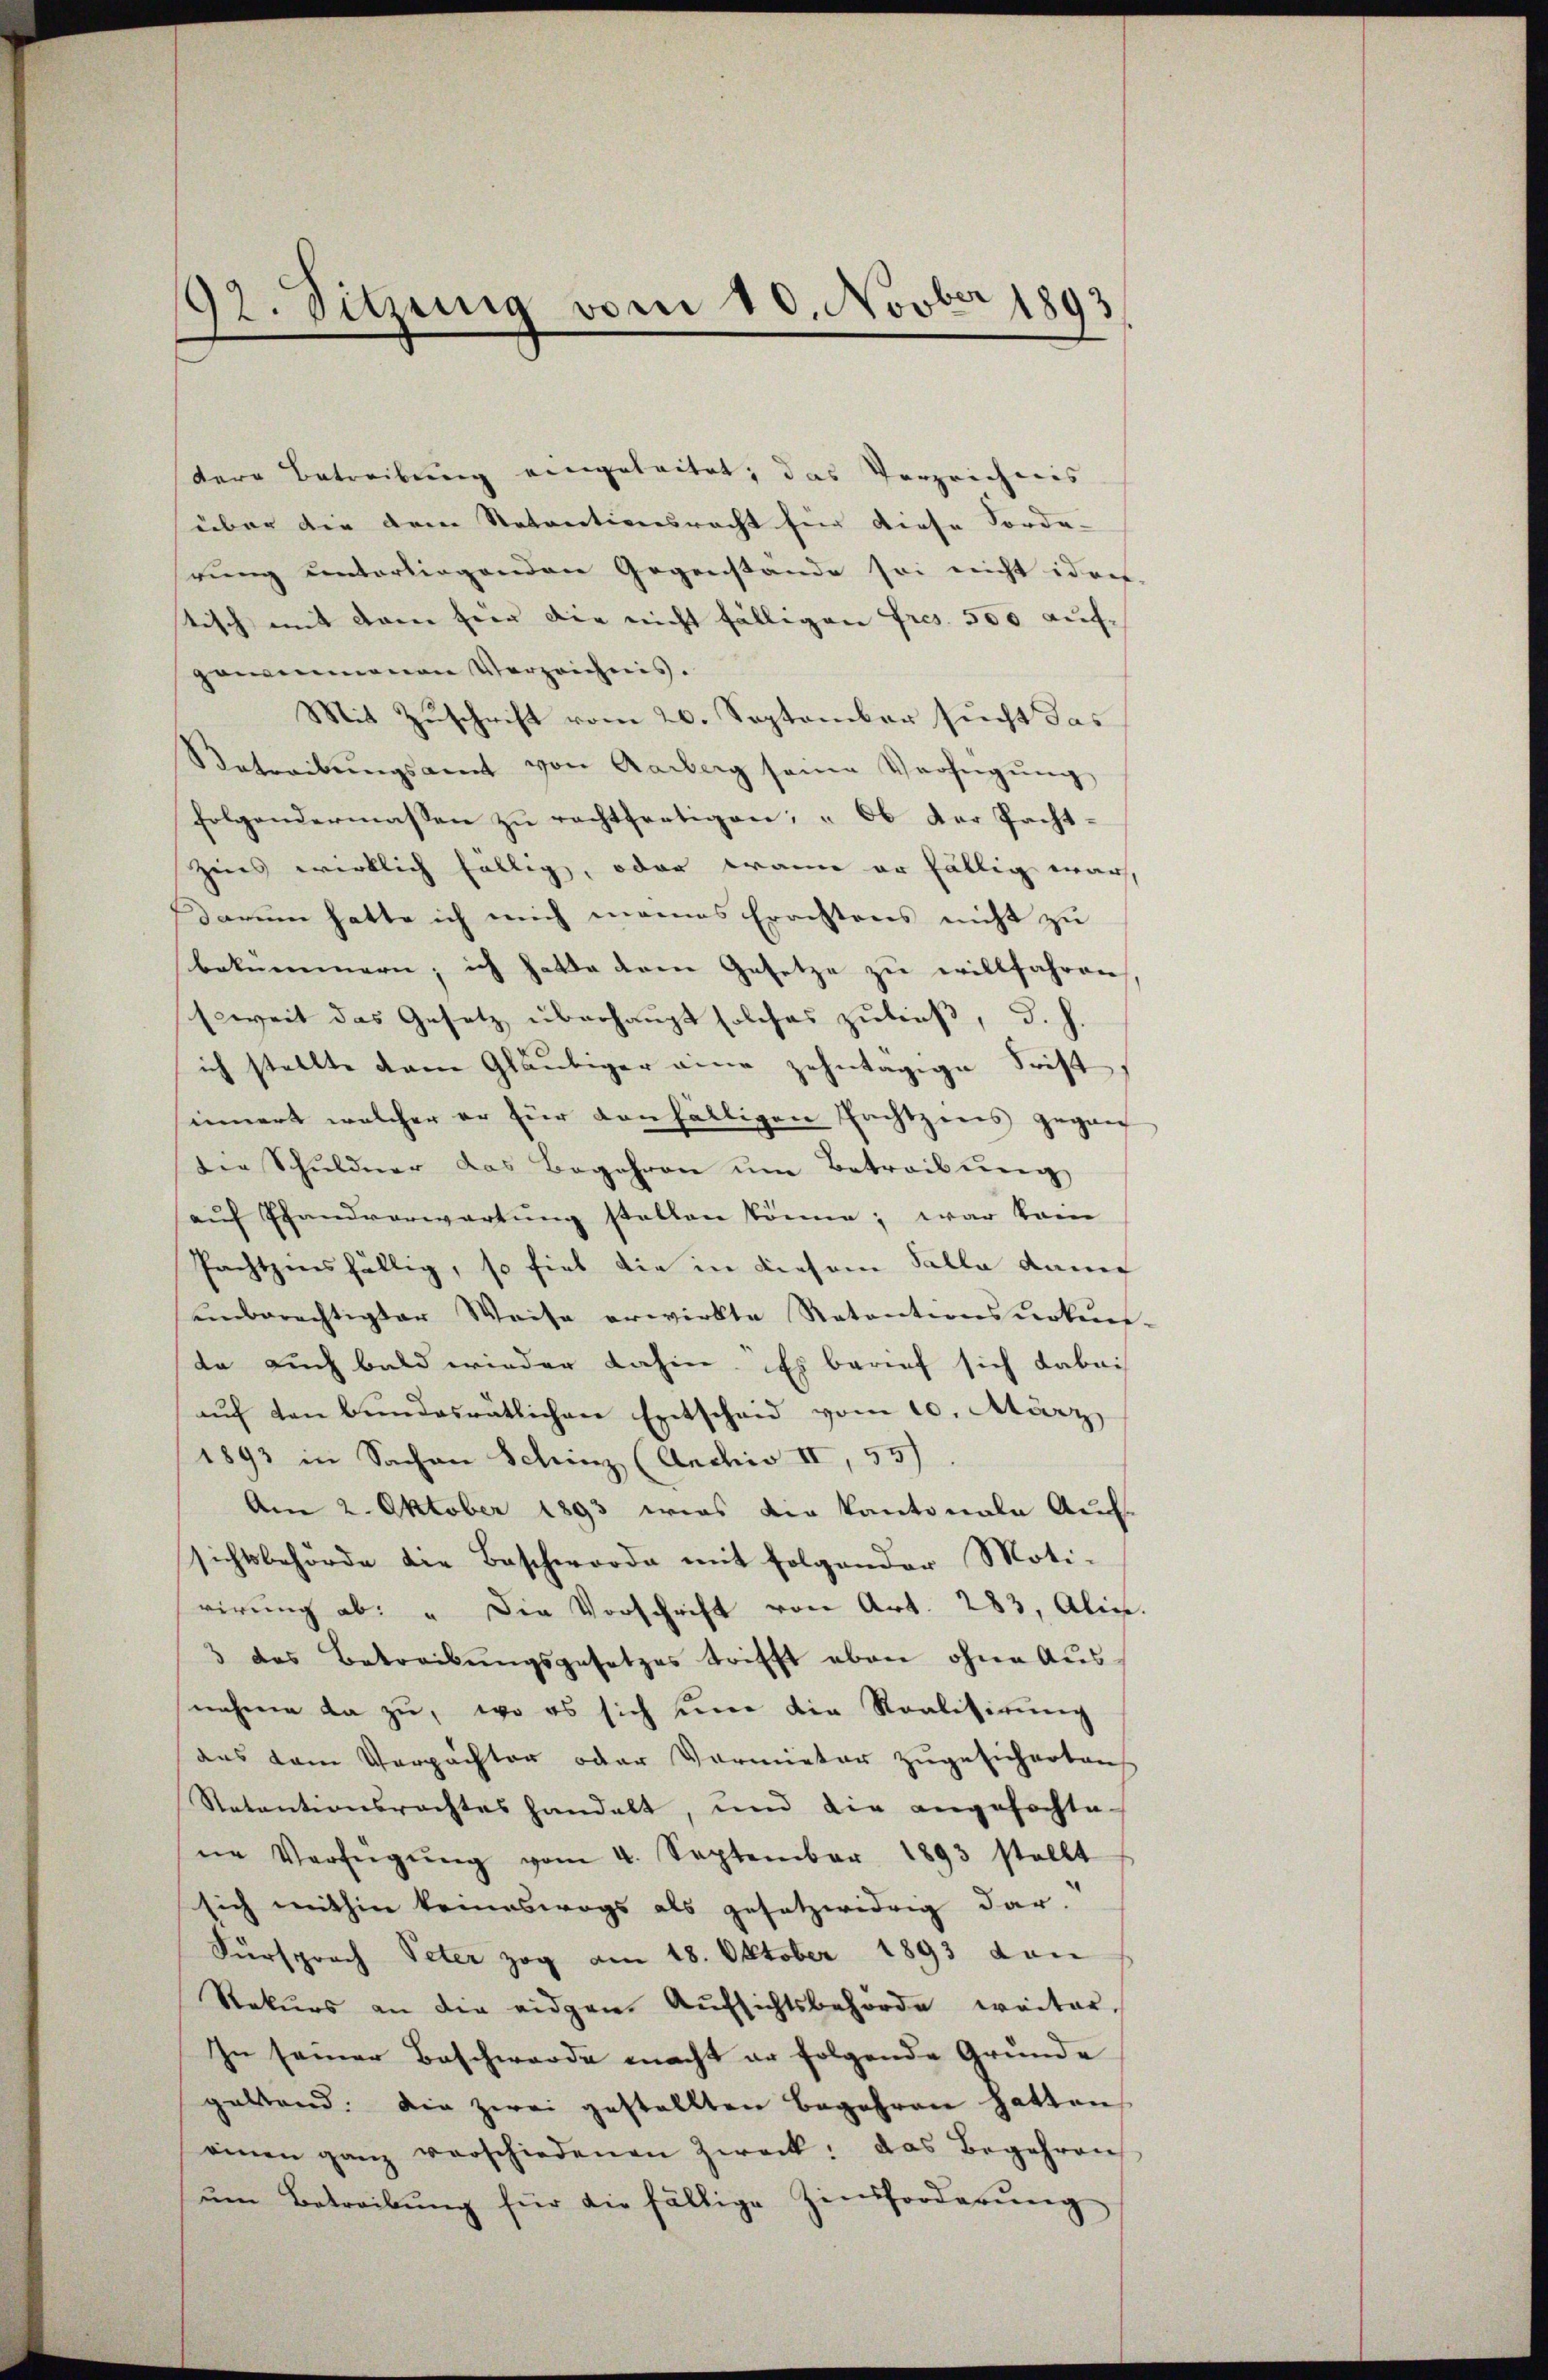
192. Sitzung vom 10. Novber 1893

dere Betreibŭng eingeleitet, das Verzeichnis
über die dem Natantionsracht für diese Forde- |
hrung unterliegenden Gegenstande sei nicht idee
tisch mit dem für die nicht fälligen Fres. 500 auf-
genommenen Verzeichnis.
Mit Zuschrift vom 20. September sucht das
Retreibŭngsamt von Aarberg seine Verfügŭng
folgendermassen zu rechtfertigen; „Ob der Pacht¬
Zeies wirklich fällig, oder wann er fällig war,
darum hatte ich mich meines Erachtens nicht zu
bekümmern; ich hatte dem Gesetze zu willfahren.
seweit das Gesetz überhaupt solches zuließ, d. h.
ich stellte dann Gläubiger eine zehntägige Frist,
innert welcher er für danfältigen Pachtzers gegen
die Schŭldner das Begehren ŭm Betreibŭng
aŭf Pfandverwartung stellen könne; war kam
Pachtensfällig, so fiel die in diesem Falle dami
enberechtigter Weise erwirkte Ratentionsurkun-
da auch bald wieder dahin. Es berief sich dabei
auf den bundesrätlichen Entscheid vom 10. März,
1893 in Sachen Schinz (Archiv II, 55)
Am 2. Oktober 1893 wies der Kantonale Auch
sichtsbehörde die Beschworde mit folgender Moti-
rirung ab: "Die Vorschrift von Art. 283, Alin.
3 das Betreibŭngsgesetzes trifft eben ohne Aŭs-
nahme da zu, wo es sich eine die Realisirung
aas dem Verpachter oder Vormieter zugesichertens
Retentionsrechtes handelt, und die angefochte-
ne Verfügŭng vom 4. September 1893 stellt
sich mithin keineswegs als gesetzwidrig dar-
Fürsprach Peter zog am 18. Oktober 1893 den
Rekurs an die eidgen. Aŭfsichtsbehörde weiter,
In seiner Beschwerde macht er folgende Grunde
geltend. Die zwei gestellten Begehren hatten
einen ganz verschiedenen Zweck: das Begehren
um Betreibung für die fällige Zinsforderung